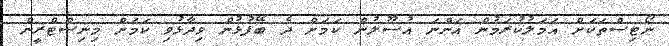
ނޯޓިސްތަކަށް އަމަލުކުރަމުން އަންނަ އުސޫލުން ކަމަށް ދެ ބޭފުޅުން ވިދާޅުވި ކަމަށް މިނިސްޓްރީން